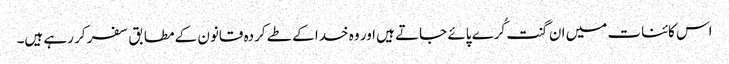
اس کائنات میں ان گنت کُرے پائے جاتے ہیں اور وہ خدا کے طے کردہ قانون کے مطابق سفر کر رہے ہیں۔